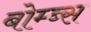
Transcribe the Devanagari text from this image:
बोम्ब्स